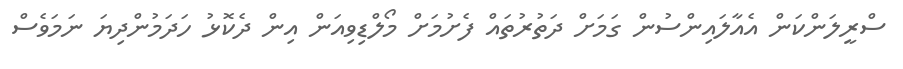
ސްރީލަންކަން އެއާލައިންސުން ގަމަށް ދަތުރުތައް ފެށުމަށް މޯލްޑިވިއަން އިން ދެކޮޅު ހަދަމުންދިޔަ ނަމަވެސް